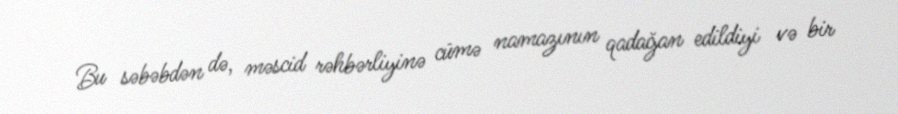
Bu səbəbdən də, məscid rəhbərliyinə cümə namazının qadağan edildiyi və bir